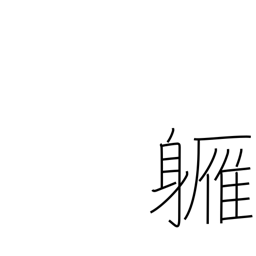
Meaning: almost